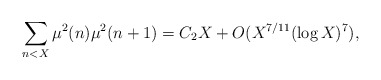
\begin{align*}\displaystyle\sum_{n<X}\mu^2(n)\mu^2(n+1)=C_2X+O(X^{7/11}(\log X)^7),\end{align*}